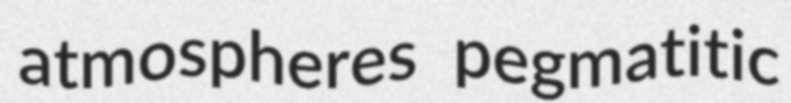
atmospheres pegmatitic